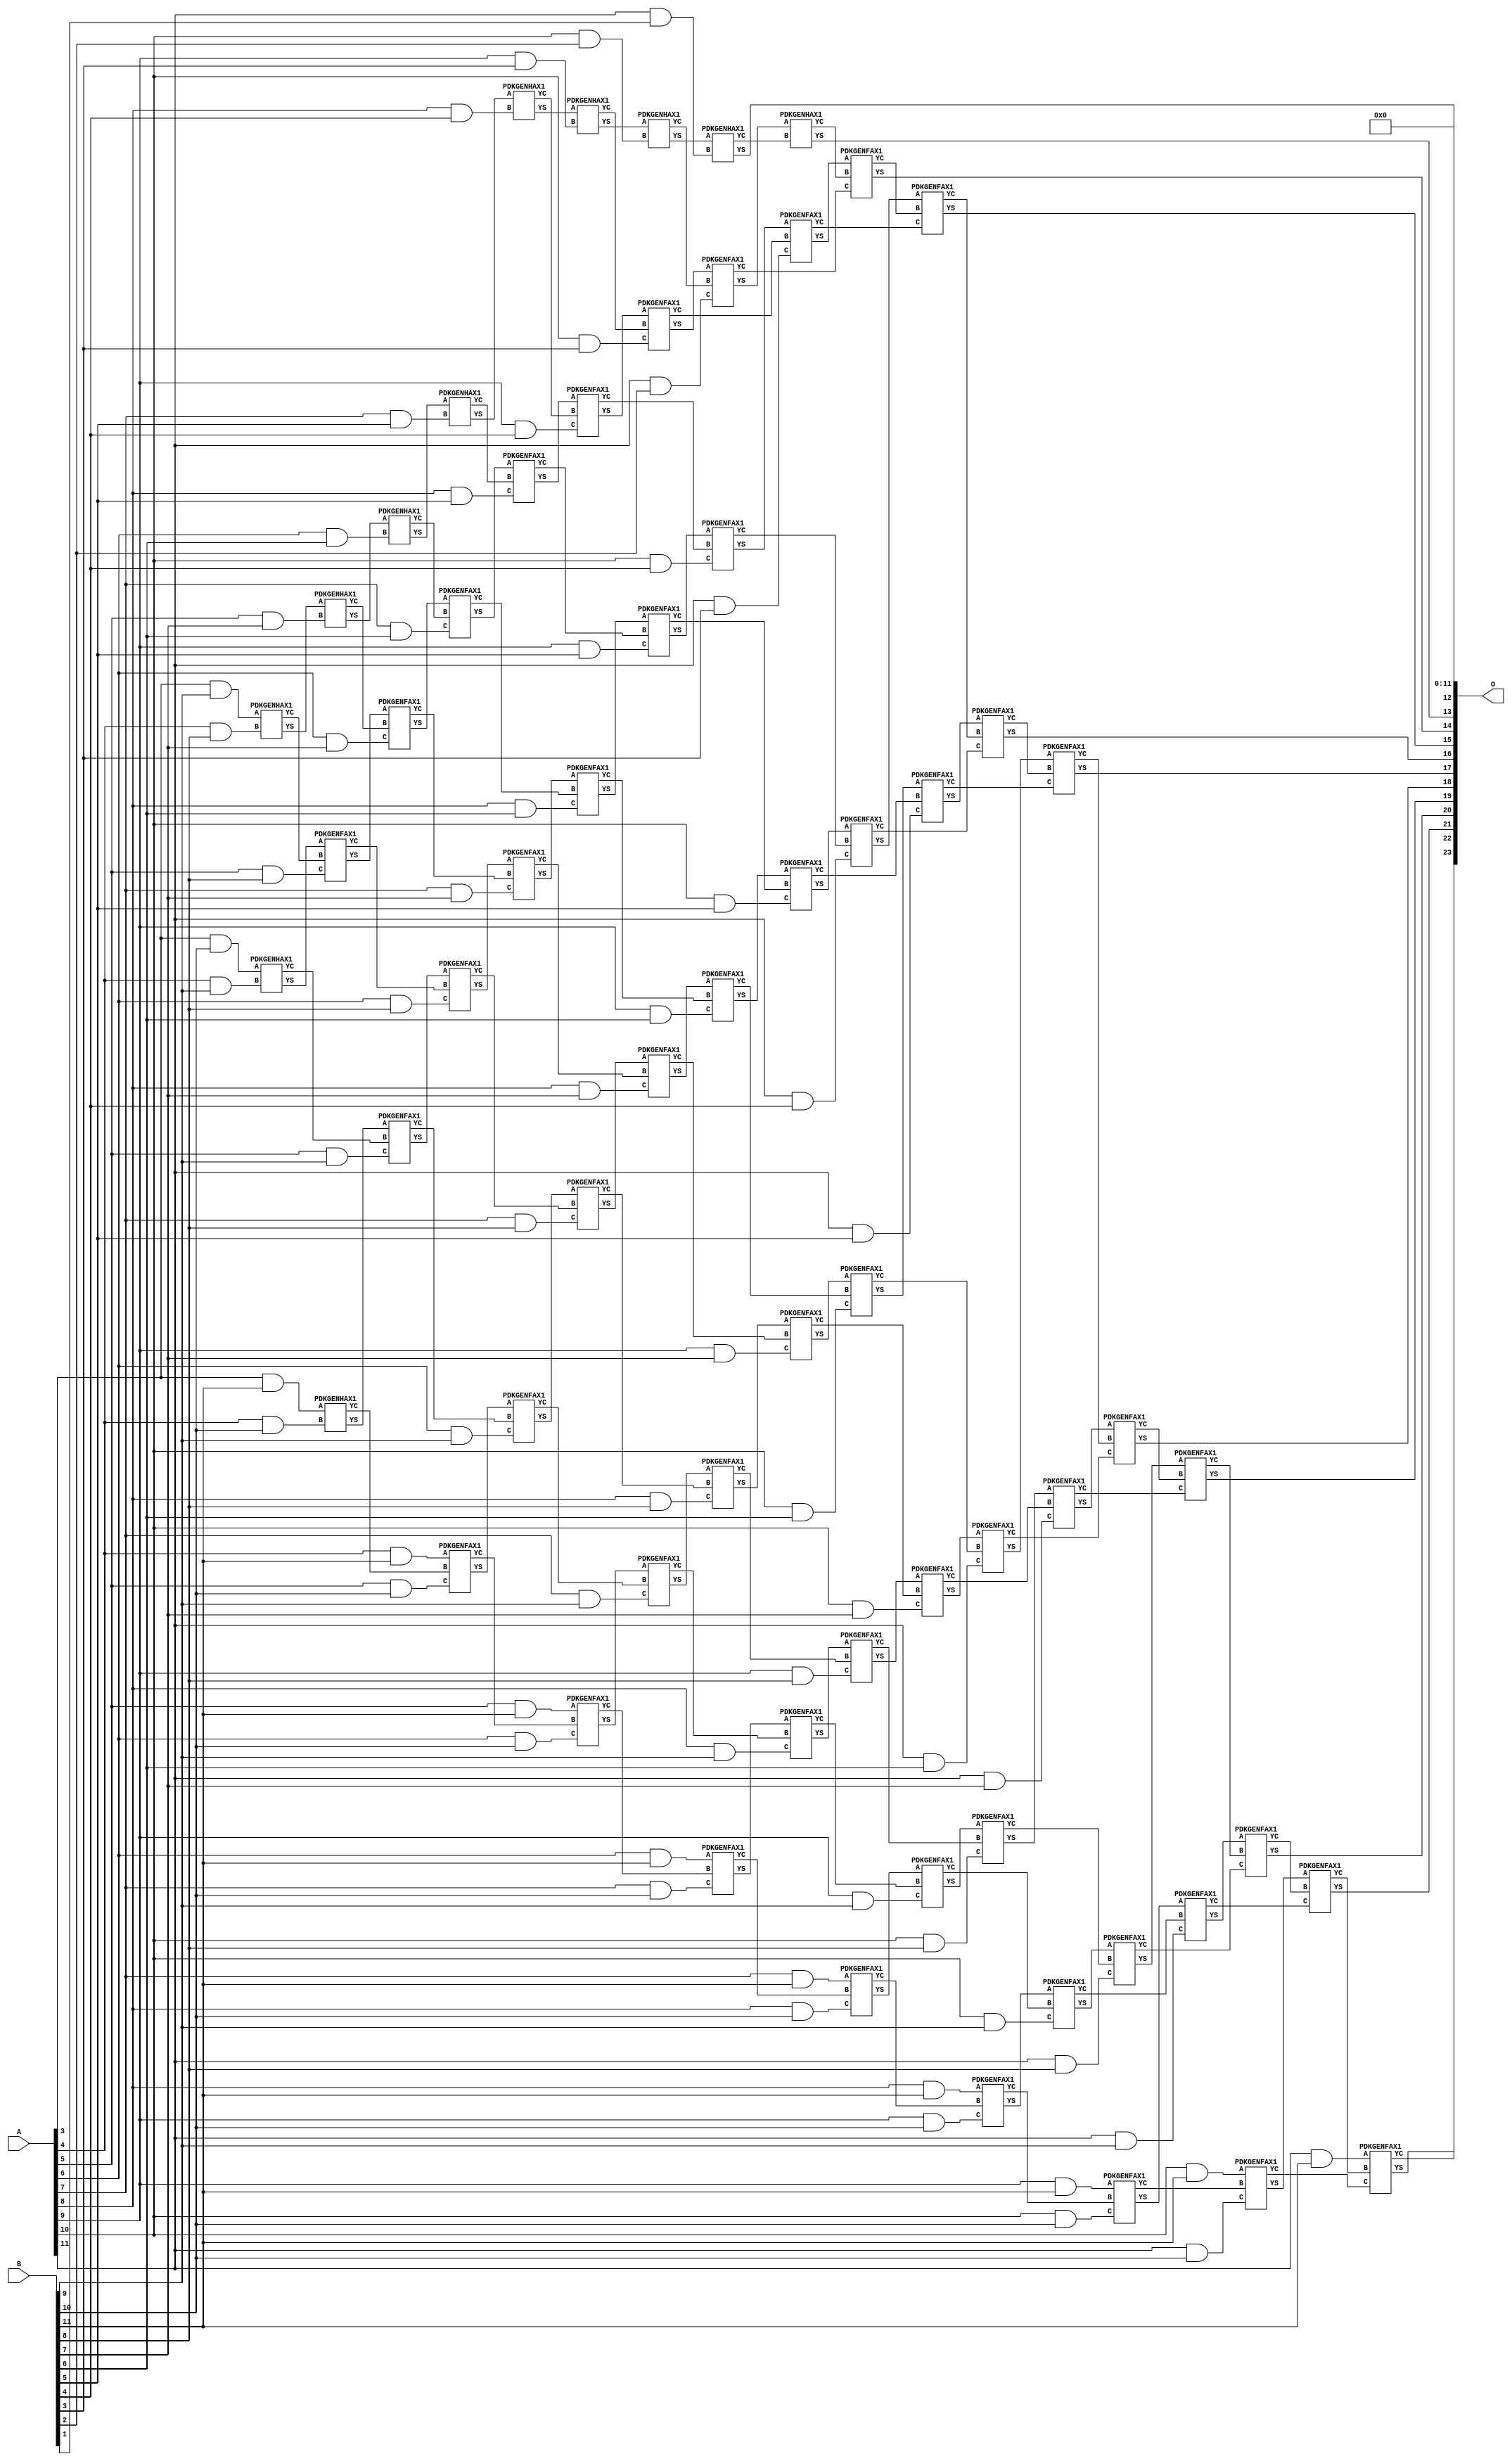
/***
* This code is a part of EvoApproxLib library (ehw.fit.vutbr.cz/approxlib) distributed under The MIT License.
* When used, please cite the following article(s): V. Mrazek, Z. Vasicek, L. Sekanina, H. Jiang and J. Han, "Scalable Construction of Approximate Multipliers With Formally Guaranteed Worst Case Error" in IEEE Transactions on Very Large Scale Integration (VLSI) Systems, vol. 26, no. 11, pp. 2572-2576, Nov. 2018. doi: 10.1109/TVLSI.2018.2856362 
* This file contains a circuit from a sub-set of pareto optimal circuits with respect to the pwr and mse parameters
***/
// MAE% = 0.092 %
// MAE = 15360 
// WCE% = 0.37 %
// WCE = 61441 
// WCRE% = 100.00 %
// EP% = 99.84 %
// MRE% = 1.89 %
// MSE = 30204.968e4 
// PDK45_PWR = 0.482 mW
// PDK45_AREA = 746.2 um2
// PDK45_DELAY = 2.03 ns


module mul12u_2QN ( A, B, O );
  input [11:0] A;
  input [11:0] B;
  output [23:0] O;

  wire C_10_10,C_10_2,C_10_3,C_10_4,C_10_5,C_10_6,C_10_7,C_10_8,C_10_9,C_11_1,C_11_10,C_11_2,C_11_3,C_11_4,C_11_5,C_11_6,C_11_7,C_11_8,C_11_9,C_12_1,C_12_10,C_12_2,C_12_3,C_12_4,C_12_5,C_12_6,C_12_7,C_12_8,C_12_9,C_4_10,C_4_8,C_4_9,C_5_10,C_5_7,C_5_8,C_5_9,C_6_10,C_6_6,C_6_7,C_6_8,C_6_9,C_7_10,C_7_5,C_7_6,C_7_7,C_7_8,C_7_9,C_8_10,C_8_4,C_8_5,C_8_6,C_8_7,C_8_8,C_8_9,C_9_10,C_9_3,C_9_4,C_9_5,C_9_6,C_9_7,C_9_8,C_9_9,S_10_10,S_10_11,S_10_2,S_10_3,S_10_4,S_10_5,S_10_6,S_10_7,S_10_8,S_10_9,S_11_1,S_11_10,S_11_11,S_11_2,S_11_3,S_11_4,S_11_5,S_11_6,S_11_7,S_11_8,S_11_9,S_12_0,S_12_1,S_12_10,S_12_11,S_12_2,S_12_3,S_12_4,S_12_5,S_12_6,S_12_7,S_12_8,S_12_9,S_3_10,S_3_11,S_3_9,S_4_10,S_4_11,S_4_8,S_4_9,S_5_10,S_5_11,S_5_7,S_5_8,S_5_9,S_6_10,S_6_11,S_6_6,S_6_7,S_6_8,S_6_9,S_7_10,S_7_11,S_7_5,S_7_6,S_7_7,S_7_8,S_7_9,S_8_10,S_8_11,S_8_4,S_8_5,S_8_6,S_8_7,S_8_8,S_8_9,S_9_10,S_9_11,S_9_3,S_9_4,S_9_5,S_9_6,S_9_7,S_9_8,S_9_9;

  assign S_3_9 = (A[3] & B[9]);
  assign S_3_10 = (A[3] & B[10]);
  assign S_3_11 = (A[3] & B[11]);
  PDKGENHAX1 U34617 (.A(S_3_9), .B((A[4] & B[8])), .YS(S_4_8), .YC(C_4_8));
  PDKGENHAX1 U34618 (.A(S_3_10), .B((A[4] & B[9])), .YS(S_4_9), .YC(C_4_9));
  PDKGENHAX1 U34619 (.A(S_3_11), .B((A[4] & B[10])), .YS(S_4_10), .YC(C_4_10));
  assign S_4_11 = (A[4] & B[11]);
  PDKGENHAX1 U34628 (.A(S_4_8), .B((A[5] & B[7])), .YS(S_5_7), .YC(C_5_7));
  PDKGENFAX1 U34629 (.A(S_4_9), .B(C_4_8), .C((A[5] & B[8])), .YS(S_5_8), .YC(C_5_8));
  PDKGENFAX1 U34630 (.A(S_4_10), .B(C_4_9), .C((A[5] & B[9])), .YS(S_5_9), .YC(C_5_9));
  PDKGENFAX1 U34631 (.A(S_4_11), .B(C_4_10), .C((A[5] & B[10])), .YS(S_5_10), .YC(C_5_10));
  assign S_5_11 = (A[5] & B[11]);
  PDKGENHAX1 U34639 (.A(S_5_7), .B((A[6] & B[6])), .YS(S_6_6), .YC(C_6_6));
  PDKGENFAX1 U34640 (.A(S_5_8), .B(C_5_7), .C((A[6] & B[7])), .YS(S_6_7), .YC(C_6_7));
  PDKGENFAX1 U34641 (.A(S_5_9), .B(C_5_8), .C((A[6] & B[8])), .YS(S_6_8), .YC(C_6_8));
  PDKGENFAX1 U34642 (.A(S_5_10), .B(C_5_9), .C((A[6] & B[9])), .YS(S_6_9), .YC(C_6_9));
  PDKGENFAX1 U34643 (.A(S_5_11), .B(C_5_10), .C((A[6] & B[10])), .YS(S_6_10), .YC(C_6_10));
  assign S_6_11 = (A[6] & B[11]);
  PDKGENHAX1 U34650 (.A(S_6_6), .B((A[7] & B[5])), .YS(S_7_5), .YC(C_7_5));
  PDKGENFAX1 U34651 (.A(S_6_7), .B(C_6_6), .C((A[7] & B[6])), .YS(S_7_6), .YC(C_7_6));
  PDKGENFAX1 U34652 (.A(S_6_8), .B(C_6_7), .C((A[7] & B[7])), .YS(S_7_7), .YC(C_7_7));
  PDKGENFAX1 U34653 (.A(S_6_9), .B(C_6_8), .C((A[7] & B[8])), .YS(S_7_8), .YC(C_7_8));
  PDKGENFAX1 U34654 (.A(S_6_10), .B(C_6_9), .C((A[7] & B[9])), .YS(S_7_9), .YC(C_7_9));
  PDKGENFAX1 U34655 (.A(S_6_11), .B(C_6_10), .C((A[7] & B[10])), .YS(S_7_10), .YC(C_7_10));
  assign S_7_11 = (A[7] & B[11]);
  PDKGENHAX1 U34661 (.A(S_7_5), .B((A[8] & B[4])), .YS(S_8_4), .YC(C_8_4));
  PDKGENFAX1 U34662 (.A(S_7_6), .B(C_7_5), .C((A[8] & B[5])), .YS(S_8_5), .YC(C_8_5));
  PDKGENFAX1 U34663 (.A(S_7_7), .B(C_7_6), .C((A[8] & B[6])), .YS(S_8_6), .YC(C_8_6));
  PDKGENFAX1 U34664 (.A(S_7_8), .B(C_7_7), .C((A[8] & B[7])), .YS(S_8_7), .YC(C_8_7));
  PDKGENFAX1 U34665 (.A(S_7_9), .B(C_7_8), .C((A[8] & B[8])), .YS(S_8_8), .YC(C_8_8));
  PDKGENFAX1 U34666 (.A(S_7_10), .B(C_7_9), .C((A[8] & B[9])), .YS(S_8_9), .YC(C_8_9));
  PDKGENFAX1 U34667 (.A(S_7_11), .B(C_7_10), .C((A[8] & B[10])), .YS(S_8_10), .YC(C_8_10));
  assign S_8_11 = (A[8] & B[11]);
  PDKGENHAX1 U34672 (.A(S_8_4), .B((A[9] & B[3])), .YS(S_9_3), .YC(C_9_3));
  PDKGENFAX1 U34673 (.A(S_8_5), .B(C_8_4), .C((A[9] & B[4])), .YS(S_9_4), .YC(C_9_4));
  PDKGENFAX1 U34674 (.A(S_8_6), .B(C_8_5), .C((A[9] & B[5])), .YS(S_9_5), .YC(C_9_5));
  PDKGENFAX1 U34675 (.A(S_8_7), .B(C_8_6), .C((A[9] & B[6])), .YS(S_9_6), .YC(C_9_6));
  PDKGENFAX1 U34676 (.A(S_8_8), .B(C_8_7), .C((A[9] & B[7])), .YS(S_9_7), .YC(C_9_7));
  PDKGENFAX1 U34677 (.A(S_8_9), .B(C_8_8), .C((A[9] & B[8])), .YS(S_9_8), .YC(C_9_8));
  PDKGENFAX1 U34678 (.A(S_8_10), .B(C_8_9), .C((A[9] & B[9])), .YS(S_9_9), .YC(C_9_9));
  PDKGENFAX1 U34679 (.A(S_8_11), .B(C_8_10), .C((A[9] & B[10])), .YS(S_9_10), .YC(C_9_10));
  assign S_9_11 = (A[9] & B[11]);
  PDKGENHAX1 U34683 (.A(S_9_3), .B((A[10] & B[2])), .YS(S_10_2), .YC(C_10_2));
  PDKGENFAX1 U34684 (.A(S_9_4), .B(C_9_3), .C((A[10] & B[3])), .YS(S_10_3), .YC(C_10_3));
  PDKGENFAX1 U34685 (.A(S_9_5), .B(C_9_4), .C((A[10] & B[4])), .YS(S_10_4), .YC(C_10_4));
  PDKGENFAX1 U34686 (.A(S_9_6), .B(C_9_5), .C((A[10] & B[5])), .YS(S_10_5), .YC(C_10_5));
  PDKGENFAX1 U34687 (.A(S_9_7), .B(C_9_6), .C((A[10] & B[6])), .YS(S_10_6), .YC(C_10_6));
  PDKGENFAX1 U34688 (.A(S_9_8), .B(C_9_7), .C((A[10] & B[7])), .YS(S_10_7), .YC(C_10_7));
  PDKGENFAX1 U34689 (.A(S_9_9), .B(C_9_8), .C((A[10] & B[8])), .YS(S_10_8), .YC(C_10_8));
  PDKGENFAX1 U34690 (.A(S_9_10), .B(C_9_9), .C((A[10] & B[9])), .YS(S_10_9), .YC(C_10_9));
  PDKGENFAX1 U34691 (.A(S_9_11), .B(C_9_10), .C((A[10] & B[10])), .YS(S_10_10), .YC(C_10_10));
  assign S_10_11 = (A[10] & B[11]);
  PDKGENHAX1 U34694 (.A(S_10_2), .B((A[11] & B[1])), .YS(S_11_1), .YC(C_11_1));
  PDKGENFAX1 U34695 (.A(S_10_3), .B(C_10_2), .C((A[11] & B[2])), .YS(S_11_2), .YC(C_11_2));
  PDKGENFAX1 U34696 (.A(S_10_4), .B(C_10_3), .C((A[11] & B[3])), .YS(S_11_3), .YC(C_11_3));
  PDKGENFAX1 U34697 (.A(S_10_5), .B(C_10_4), .C((A[11] & B[4])), .YS(S_11_4), .YC(C_11_4));
  PDKGENFAX1 U34698 (.A(S_10_6), .B(C_10_5), .C((A[11] & B[5])), .YS(S_11_5), .YC(C_11_5));
  PDKGENFAX1 U34699 (.A(S_10_7), .B(C_10_6), .C((A[11] & B[6])), .YS(S_11_6), .YC(C_11_6));
  PDKGENFAX1 U34700 (.A(S_10_8), .B(C_10_7), .C((A[11] & B[7])), .YS(S_11_7), .YC(C_11_7));
  PDKGENFAX1 U34701 (.A(S_10_9), .B(C_10_8), .C((A[11] & B[8])), .YS(S_11_8), .YC(C_11_8));
  PDKGENFAX1 U34702 (.A(S_10_10), .B(C_10_9), .C((A[11] & B[9])), .YS(S_11_9), .YC(C_11_9));
  PDKGENFAX1 U34703 (.A(S_10_11), .B(C_10_10), .C((A[11] & B[10])), .YS(S_11_10), .YC(C_11_10));
  assign S_11_11 = (A[11] & B[11]);
  assign S_12_0 = S_11_1;
  PDKGENHAX1 U34706 (.A(S_11_2), .B(C_11_1), .YS(S_12_1), .YC(C_12_1));
  PDKGENFAX1 U34707 (.A(S_11_3), .B(C_12_1), .C(C_11_2), .YS(S_12_2), .YC(C_12_2));
  PDKGENFAX1 U34708 (.A(S_11_4), .B(C_12_2), .C(C_11_3), .YS(S_12_3), .YC(C_12_3));
  PDKGENFAX1 U34709 (.A(S_11_5), .B(C_12_3), .C(C_11_4), .YS(S_12_4), .YC(C_12_4));
  PDKGENFAX1 U34710 (.A(S_11_6), .B(C_12_4), .C(C_11_5), .YS(S_12_5), .YC(C_12_5));
  PDKGENFAX1 U34711 (.A(S_11_7), .B(C_12_5), .C(C_11_6), .YS(S_12_6), .YC(C_12_6));
  PDKGENFAX1 U34712 (.A(S_11_8), .B(C_12_6), .C(C_11_7), .YS(S_12_7), .YC(C_12_7));
  PDKGENFAX1 U34713 (.A(S_11_9), .B(C_12_7), .C(C_11_8), .YS(S_12_8), .YC(C_12_8));
  PDKGENFAX1 U34714 (.A(S_11_10), .B(C_12_8), .C(C_11_9), .YS(S_12_9), .YC(C_12_9));
  PDKGENFAX1 U34715 (.A(S_11_11), .B(C_12_9), .C(C_11_10), .YS(S_12_10), .YC(C_12_10));
  assign S_12_11 = C_12_10;
  assign O = {S_12_11,S_12_10,S_12_9,S_12_8,S_12_7,S_12_6,S_12_5,S_12_4,S_12_3,S_12_2,S_12_1,S_12_0,1'b0,1'b0,1'b0,1'b0,1'b0,1'b0,1'b0,1'b0,1'b0,1'b0,1'b0,1'b0};

endmodule

/* mod */
module PDKGENHAX1( input A, input B, output YS, output YC );
    assign YS = A ^ B;
    assign YC = A & B;
endmodule
/* mod */
module PDKGENFAX1( input A, input B, input C, output YS, output YC );
    assign YS = (A ^ B) ^ C;
    assign YC = (A & B) | (B & C) | (A & C);
endmodule